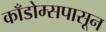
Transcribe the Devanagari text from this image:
काँडोम्सपासून